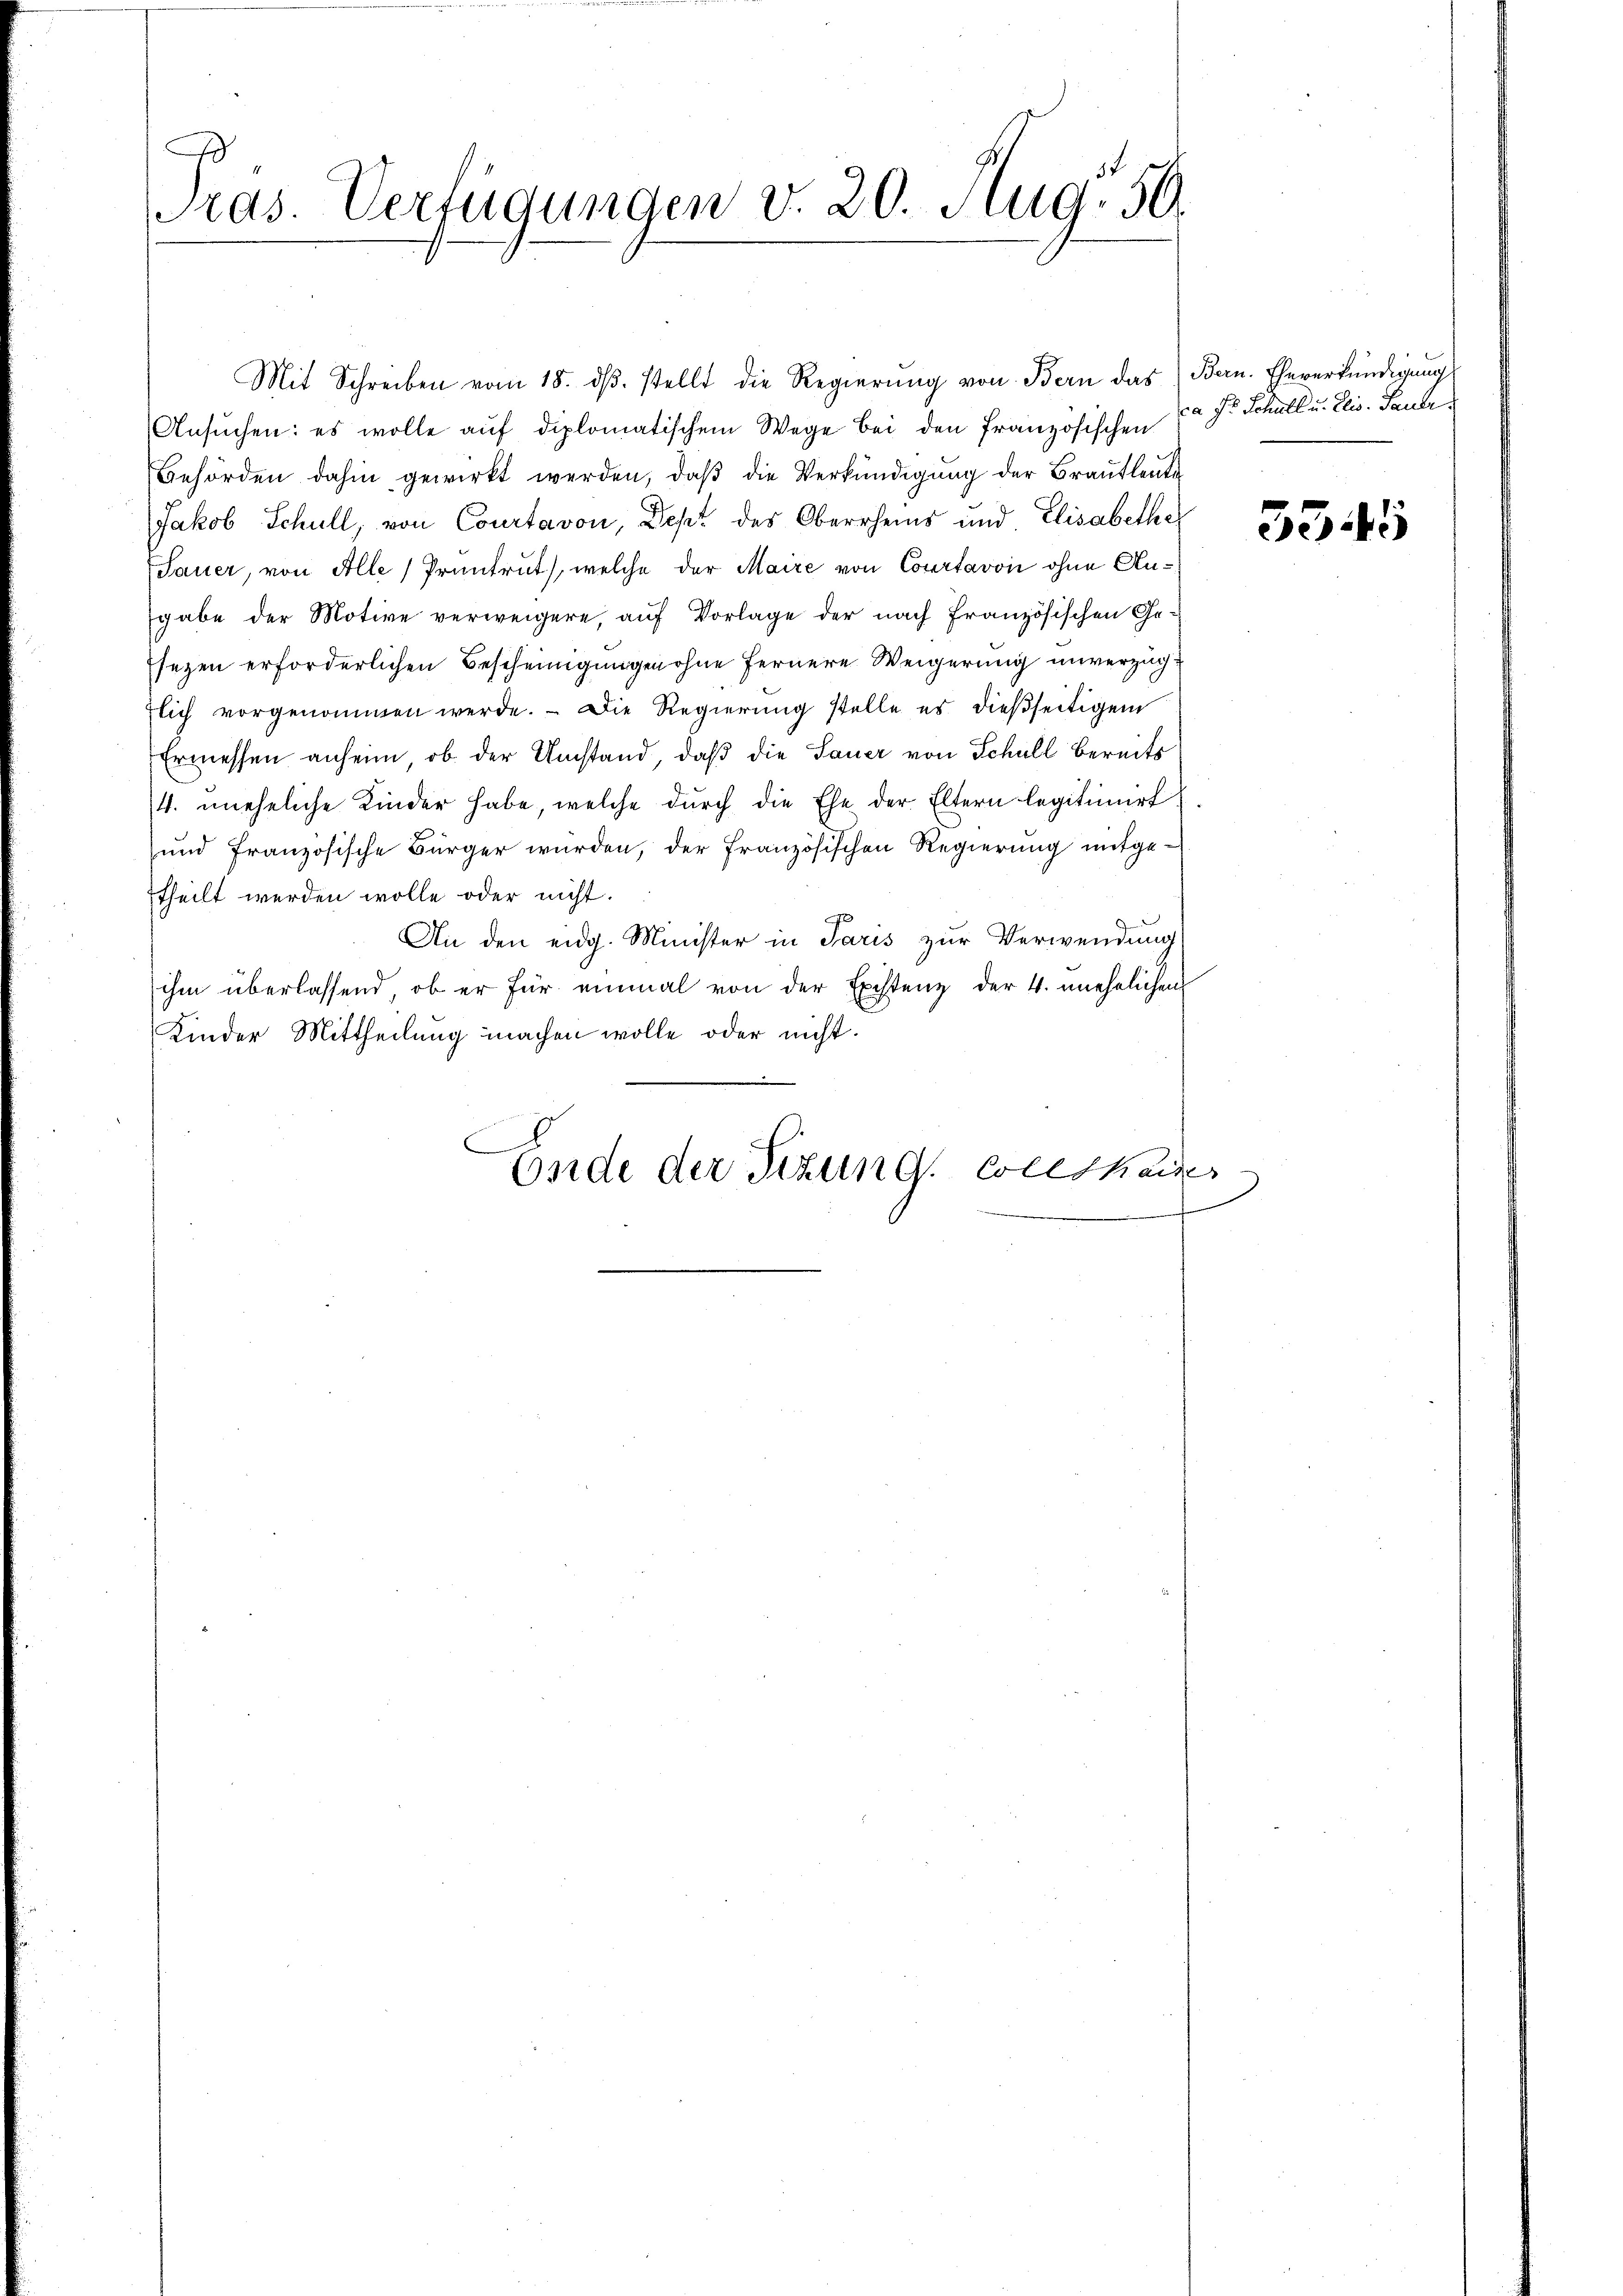
Pras. Verfügungen v. 20. Aug. 50.

Mit Schreiben vom 18. dβ. stellt die Regierŭng von Bern das Bern. Eheverkündigung
Ansuchen: es wolle auf diplomatischem Wege bei den französischen
Behörden dahin gewirkt werden, daβ die Verkündigŭng der Brautleute
Jakob Schull, von Courtavon, Dept des Oberrheins und Elisabethe
Sauer, von Alle Pruntrut), welche der Maire von Courtavon ohne Angabe der Motive verweigere, auf Vorlage der nach Französischen Gesezen erforderlichen Bescheinigungen ohne fernere Weigerung unverzüchlich vorgenommen werde. - Die Regierung stelle es dießseitigem
Ermessen anheim, ob der Umstand, daß die Sauer von Schull bereits
4. uneheliche Kinder habe, welche dŭrch die Ehe der Eltern legitimirt
und französische Bürger wurden, der Französischen Regierung mitgetheilt werden wolle oder nicht.
An den eidg. Minister in Paris zur Verwendung
ihm überlassend, ob er für einmal von der Existenz der 4. unehelichen
Kinder Mittheilung machen wolle oder nicht.
Ende der Sizung. Colesheiter

a Fr. Schall u. Elis. Pauli.

3345